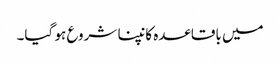
میں باقاعدہ کانپنا شروع ہو گیا۔